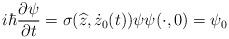
LaTeX: \begin{align*}i\hbar\frac{\partial\psi}{\partial t}=\sigma(\widehat{z},\dot{z}_{0}(t))\psi\psi(\cdot,0)=\psi_{0} \end{align*}